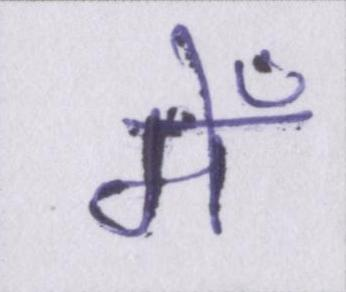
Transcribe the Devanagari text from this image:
मेँ